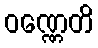
ဝဏ္ဏေတိ